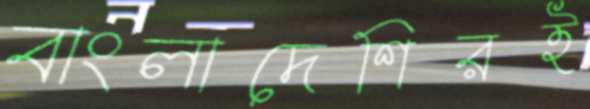
বাংলাদেশিরই